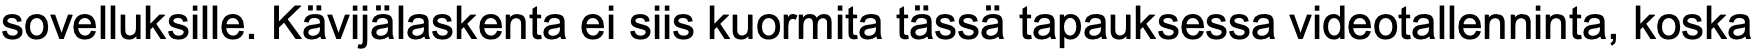
sovelluksille. Kävijälaskenta ei siis kuormita tässä tapauksessa videotallenninta, koska